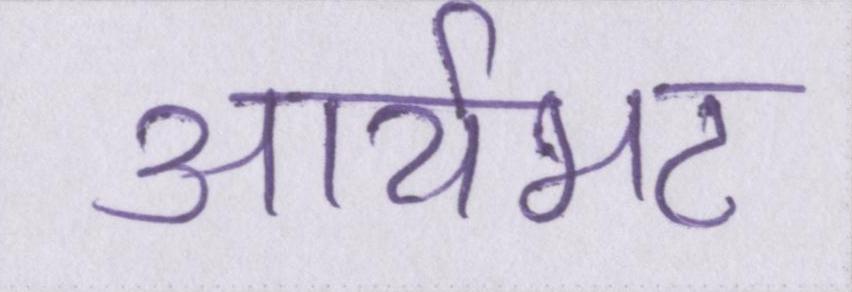
आर्यभट